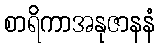
စာရိကာအနုဇာနနံ